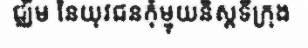
ជ្ឈិម នៃយុវជនកុំម្មុយនិស្តទីក្រុង